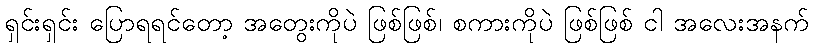
ရှင်းရှင်း ပြောရရင်တော့ အတွေးကိုပဲ ဖြစ်ဖြစ်၊ စကားကိုပဲ ဖြစ်ဖြစ် ငါ အလေးအနက်